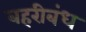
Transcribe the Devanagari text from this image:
बहरीबंध